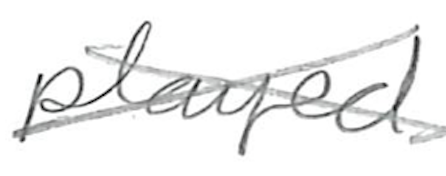
Text: played
Cross-out: cross
Writing tool: pencil